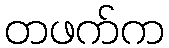
တဖက်က